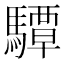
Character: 驔